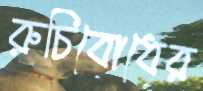
রুচিবোধের